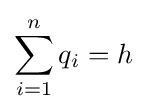
\sum _{i=1}^{n}q_{i}=h